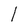
Character: l